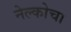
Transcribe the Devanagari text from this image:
नेल्कोचा